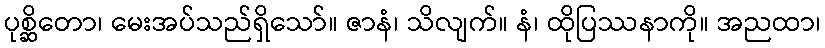
ပုစ္ဆိတော၊ မေးအပ်သည်ရှိသော်။ ဇာနံ၊ သိလျက်။ နံ၊ ထိုပြဿနာကို။ အညထာ၊